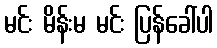
မင်း မိန်းမ မင်း ပြန်ခေါ်ပါ